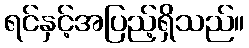
ရင်နှင့်အပြည့်ရှိသည်။